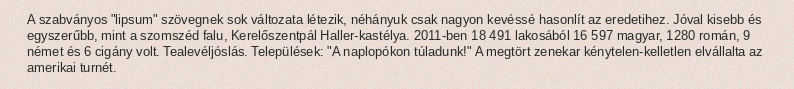
A szabványos "lipsum" szövegnek sok változata létezik, néhányuk csak nagyon kevéssé hasonlít az eredetihez. Jóval kisebb és egyszerűbb, mint a szomszéd falu, Kerelőszentpál Haller-kastélya. 2011-ben 18 491 lakosából 16 597 magyar, 1280 román, 9 német és 6 cigány volt. Tealevéljóslás. Települések: "A naplopókon túladunk!" A megtört zenekar kénytelen-kelletlen elvállalta az amerikai turnét.